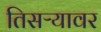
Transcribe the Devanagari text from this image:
तिसऱ्यावर